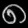
Digit: ၈